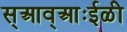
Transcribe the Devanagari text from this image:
स्आव्आःईळी